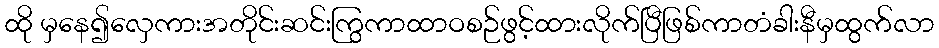
ထို မှနေ၍လှေကားအတိုင်းဆင်းကြွကာထာဝစဉ်ဖွင့်ထားလိုက်ပြီဖြစ်ကာတံခါးနီမှထွက်လာ